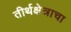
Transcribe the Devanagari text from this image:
तीर्थक्षेत्राचा